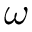
\omega